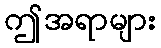
ဤအရာများ